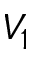
V _ { 1 }